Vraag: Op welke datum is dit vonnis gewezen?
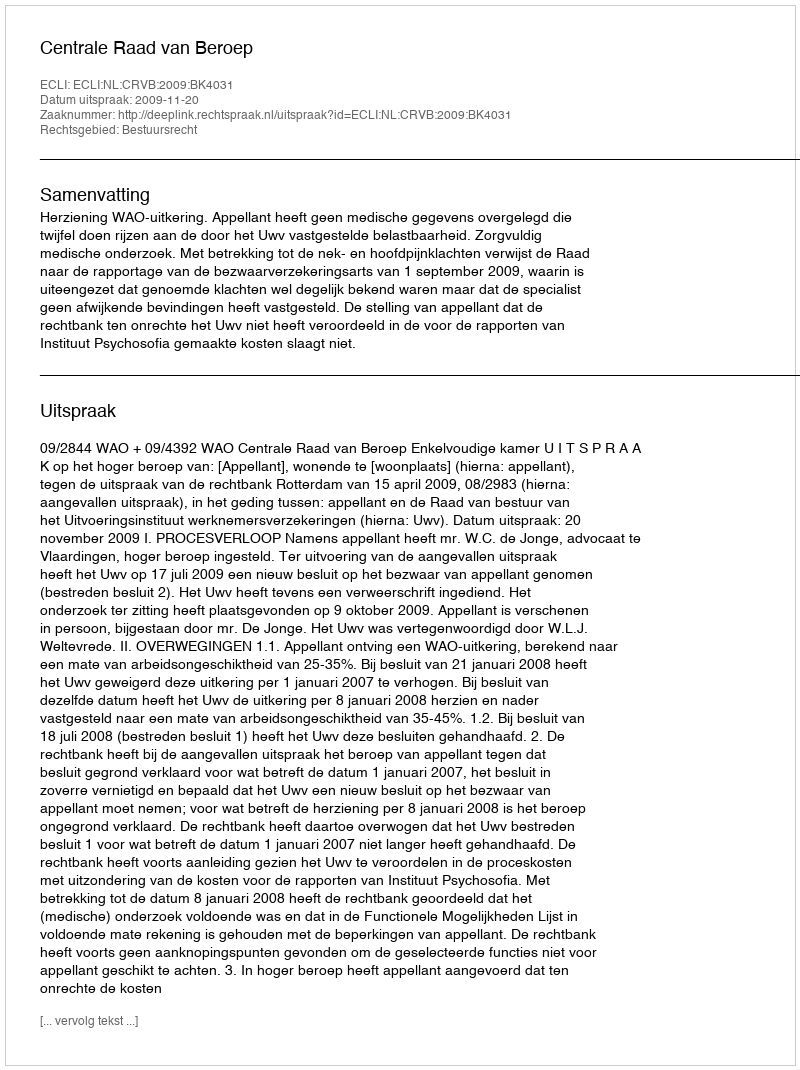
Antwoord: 2009-11-20